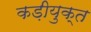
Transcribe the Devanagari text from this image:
कड़ीयुक्त